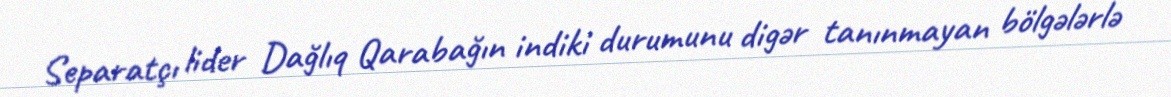
Separatçı lider Dağlıq Qarabağın indiki durumunu digər tanınmayan bölgələrlə